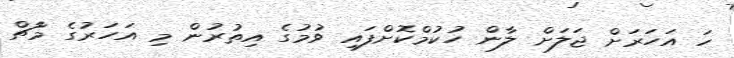
ހަ އަހަރަށް ޖަލަށް ލާން ހުކުމްކޮށްފައި ވުމުގެ އިތުރުން މި އަހަރުގެ މާޗް